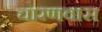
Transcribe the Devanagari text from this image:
चारणवास